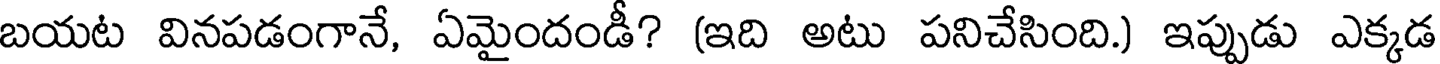
బయట వినపడంగానే, ఏమైందండీ? (ఇది అటు పనిచేసింది.) ఇప్పుడు ఎక్కడ